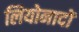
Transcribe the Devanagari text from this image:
लियोनादों